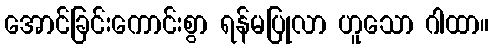
အောင်ခြင်းကောင်းစွာ ရန်မပြုလာ ဟူသော ဂါထာ။